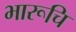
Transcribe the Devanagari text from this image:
भारूचि